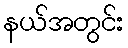
နယ်အတွင်း